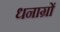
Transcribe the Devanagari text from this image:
धनाग्रों